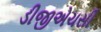
ડીજીએચસી